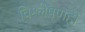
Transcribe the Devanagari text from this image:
विश्लेषणही